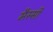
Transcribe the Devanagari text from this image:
मैस्सी